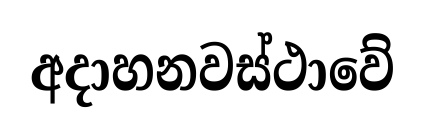
අදාහනවස්ථාවේ